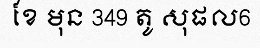
ខែ មុន 349 តូ សុផល6